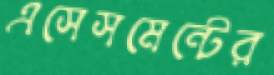
এসেসমেন্টের